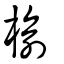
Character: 榆